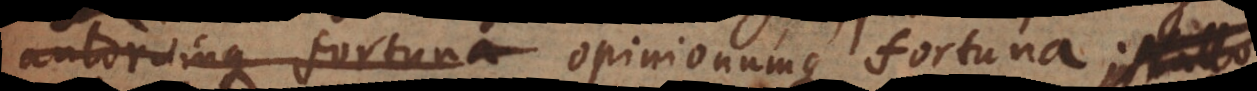
autorumque fortuna opinionumque fortuna; nul